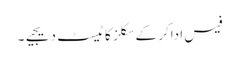
فیس اداکر کے سکلز کا ٹیسٹ دیجیے۔